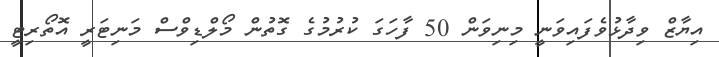
އިޔާޒް ވިދާޅުވެފައިވަނީ މިނިވަން 50 ފާހަގަ ކުރުމުގެ ގޮތުން މޯލްޑިވްސް މަނިޓަރީ އޮތޯރިޓީ